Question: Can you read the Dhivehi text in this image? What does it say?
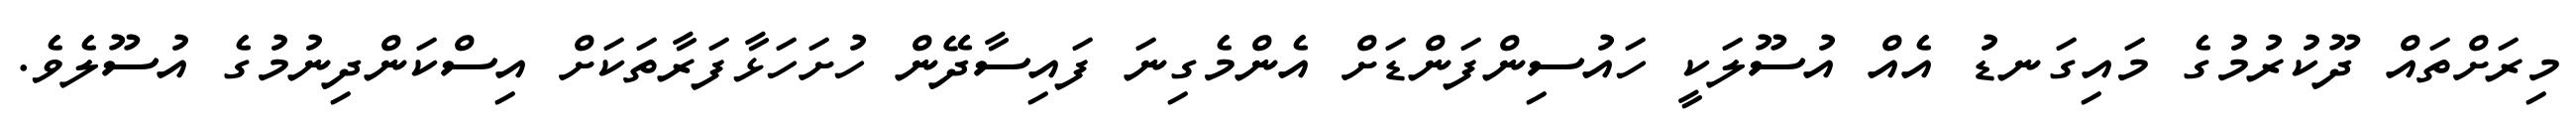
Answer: މިރަށްތައް ދޫކުރުމުގެ މައިގަނޑު އެއް އުސޫލަކީ ހައުސިންފަންޑަށް އެންމެގިނަ ފައިސާދޭން ހުށަހަޅާފަރާތަކަށް އިސްކަންދިނުމުގެ އުސޫލެވެ.